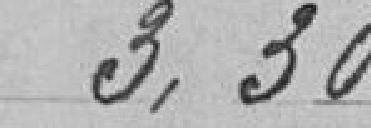
3.30